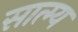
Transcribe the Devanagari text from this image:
सात्म्य